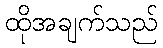
ထိုအချက်သည်